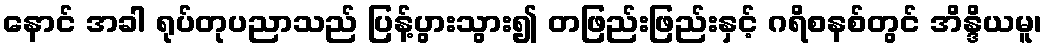
နောင် အခါ ရုပ်တုပညာသည် ပြန့်ပွားသွား၍ တဖြည်းဖြည်းနှင့် ဂရိစနစ်တွင် အိန္ဒိယမူ၊